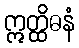
ဣတ္ထိဓနံ